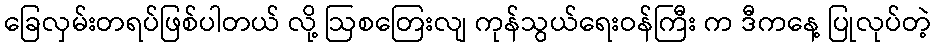
ခြေလှမ်းတရပ်ဖြစ်ပါတယ် လို့ ဩစတြေးလျ ကုန်သွယ်ရေးဝန်ကြီး က ဒီကနေ့ ပြုလုပ်တဲ့